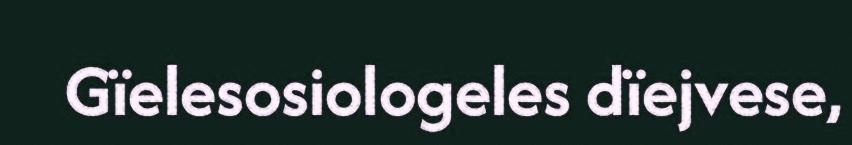
Gïelesosiologeles dïejvese,